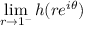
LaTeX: \operatorname* { l i m } _ { r \to 1 ^ { - } } h ( r e ^ { i \theta } )